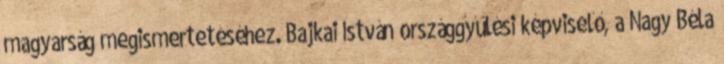
magyarság megismertetéséhez. Bajkai István országgyűlési képviselő, a Nagy Béla